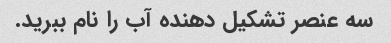
سه عنصر تشکیل دهنده آب را نام ببرید.